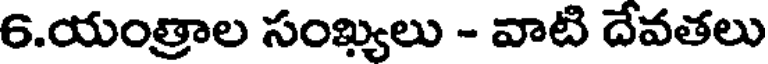
6.యంత్రాల సంఖ్యలు - వాటి దేవతలు